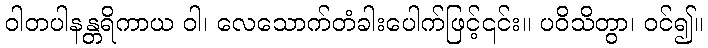
ဝါတပါနန္တရိကာယ ဝါ၊ လေသောက်တံခါးပေါက်ဖြင့်၎င်း။ ပဝိသိတွာ၊ ဝင်၍။